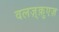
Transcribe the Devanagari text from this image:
वलज़्क़ुएज़